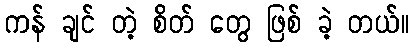
ကန် ချင် တဲ့ စိတ် တွေ ဖြစ် ခဲ့ တယ်။